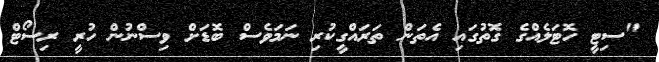
"ސިޓީ ހޮޓަލެއްގެ ގޮތުގައި އެތަން ތަރައްގީކުރި ނަމަވެސް ބޮޑަށް ވިސްނުން ހުރީ ރިސޯޓް